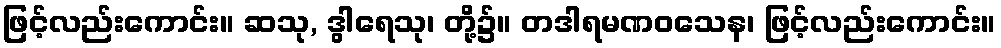
ဖြင့်လည်းကောင်း။ ဆသု, ဒွါရေသု၊ တို့၌။ တဒါရမဏဝသေန၊ ဖြင့်လည်းကောင်း။